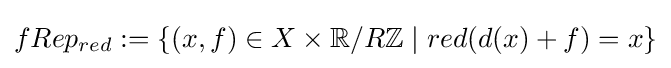
fRep_{red}:=\{(x,f)\in X\times \mathbb {R} /R\mathbb {Z} \mid red(d(x)+f)=x\}